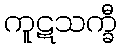
ကူဋသက္ခီ